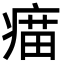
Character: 𤸠